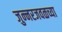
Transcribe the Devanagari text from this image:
जुन्‍नरजवळच्या